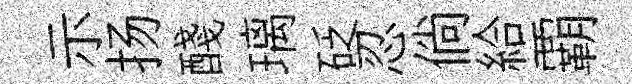
示扬醆璃砭忍倘給覇